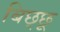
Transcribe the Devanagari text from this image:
बिछ्छू